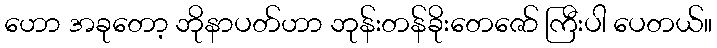
ဟော အခုတော့ ဘိုနာပတ်ဟာ ဘုန်းတန်ခိုးတေဇော် ကြီးပါ ပေတယ်။